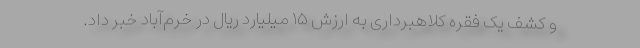
و کشف یک فقره کلاهبرداری به ارزش ۱۵ میلیارد ریال در خرم‌آباد خبر داد.